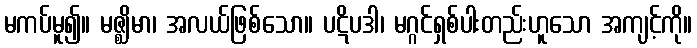
မကပ်မူ၍။ မဇ္ဈိမာ၊ အလယ်ဖြစ်သော။ ပဋိပဒါ၊ မဂ္ဂင်ရှစ်ပါးတည်းဟူသော အကျင့်ကို။